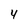
Character: 4